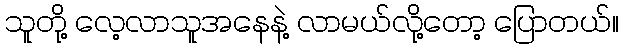
သူတို့ လေ့လာသူအနေနဲ့ လာမယ်လို့တော့ ပြောတယ်။